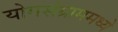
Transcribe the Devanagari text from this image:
योगसंग्राममध्ये